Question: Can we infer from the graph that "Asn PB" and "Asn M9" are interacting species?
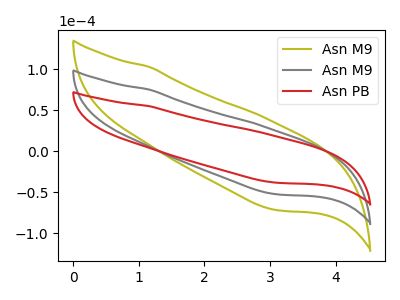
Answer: <think>The olive curve "Asn M9" has no peaks. The gray curve "Asn M9" has no peaks. The red curve "Asn PB" has no peaks.
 Neither "Asn PB" or "Asn M9" have any peaks.</think>
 <answer>No, "Asn PB" and "Asn M9" don't appear to be significantly different in shape</answer>
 <eval>no_change</eval>